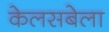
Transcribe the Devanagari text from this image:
केलसबेला